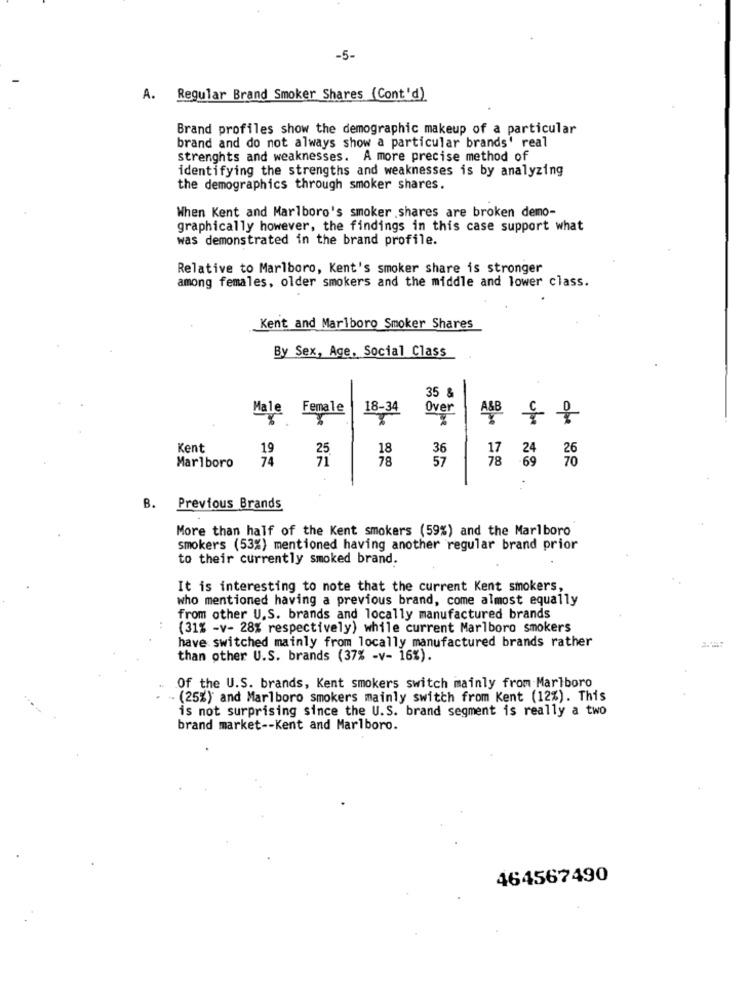
-5-
A. Regular Brand Smoker Shares (Cont'd)
Brand profiles show the demographic makeup of a particular
brand and do not always show a particular brands' real
strenghts and weaknesses. A more precise method of
identifying the strengths and weaknesses is by analyzing
the demographics through smoker shares.
When Kent and Marlboro's smoker shares are broken demo-
graphically however, the findings in this case support what
was demonstrated in the brand profile.
Relative to Marlboro, Kent's smoker share is stronger
among females, older smokers and the middle and lower class.
Kent and Marlboro Smoker Shares
By Sex, Age. Social Class
35 &
Male Female
18-34
Over
pe
ope
Kent
19
18
36
Marlboro
74
78
57
78
..
B. Previous Brands
More than half of the Kent smokers (59%) and the Marlboro
smokers (53%) mentioned having another regular brand prior
to their currently smoked brand.
It is interesting to note that the current Kent smokers,
who mentioned having a previous brand, come almost equally
from other U.S. brands and locally manufactured brands
(31% -v- 28% respectively) while current Marlboro smokers
have switched mainly from locally manufactured brands rather
than other U.S. brands (37% -v- 16%).
Of the U.S. brands, Kent smokers switch mainly from Marlboro
(25%) and Marlboro smokers mainly switch from Kent (12%). This
is not surprising since the U.S. brand segment is really a two
brand market -- Kent and Marlboro.
464567490